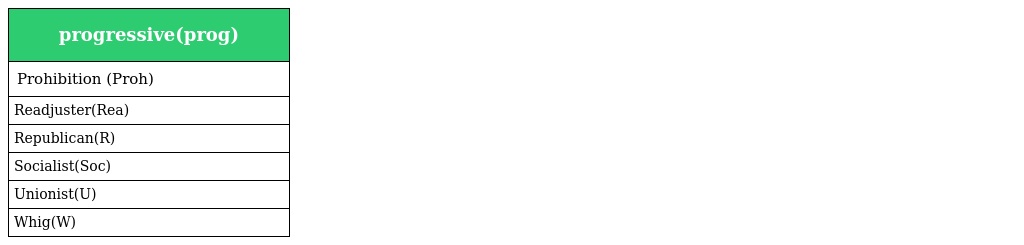
| progressive(prog) |
 | --- |
 | Prohibition (Proh) |
 | Readjuster(Rea) |
 | Republican(R) |
 | Socialist(Soc) |
 | Unionist(U) |
 | Whig(W) |